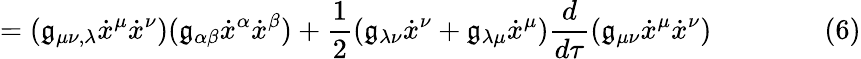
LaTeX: =(\mathfrak{g}_{\mu\nu,\lambda}{\dot{{x}}}^{\mu}{\dot{{x}}}^{\nu})(\mathfrak{g}_{\alpha\beta}{\dot{{x}}}^{\alpha}{\dot{{x}}}^{\beta})+{\frac{{1}}{{2}}}(\mathfrak{g}_{\lambda\nu}{\dot{{x}}}^{\nu}+\mathfrak{g}_{\lambda\mu}{\dot{{x}}}^{\mu}){\frac{{d}}{{d\tau}}}(\mathfrak{g}_{\mu\nu}{\dot{{x}}}^{\mu}{\dot{{x}}}^{\nu})\qquad\qquad(6)